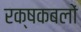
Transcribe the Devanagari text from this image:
रक्षकबलों